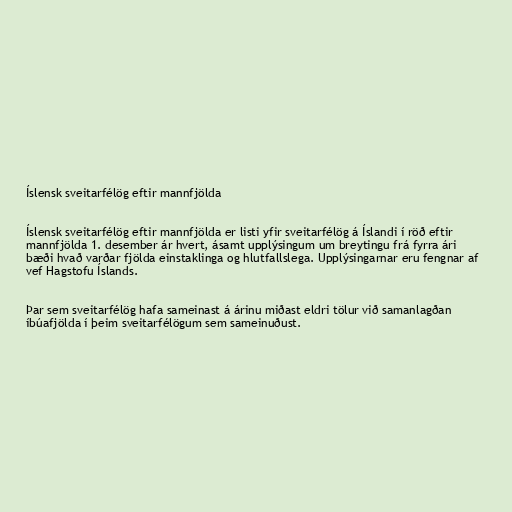
Íslensk sveitarfélög eftir mannfjölda

Íslensk sveitarfélög eftir mannfjölda er listi yfir sveitarfélög á Íslandi í röð eftir
mannfjölda 1. desember ár hvert, ásamt upplýsingum um breytingu frá fyrra ári
bæði hvað varðar fjölda einstaklinga og hlutfallslega. Upplýsingarnar eru fengnar af
vef Hagstofu Íslands.

Þar sem sveitarfélög hafa sameinast á árinu miðast eldri tölur við samanlagðan
íbúafjölda í þeim sveitarfélögum sem sameinuðust.